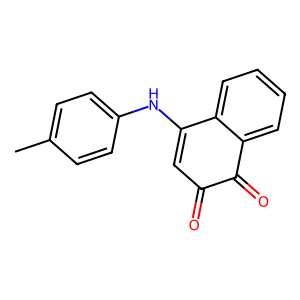
SMILES: Cc1ccc(NC2=CC(=O)C(=O)c3ccccc32)cc1
Inhibits HIV replication: No